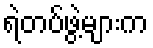
ရဲတပ်ဖွဲ့များက